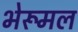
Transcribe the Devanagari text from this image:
भेरूमल